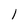
Character: 1